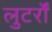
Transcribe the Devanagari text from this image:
लुटर्रों